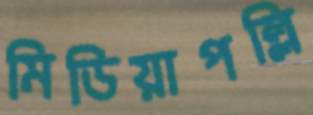
মিডিয়াপল্লি